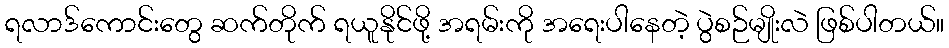
ရလာဒ်ကောင်းတွေ ဆက်တိုက် ရယူနိုင်ဖို့ အရမ်းကို အရေးပါနေတဲ့ ပွဲစဉ်မျိုးလဲ ဖြစ်ပါတယ်။